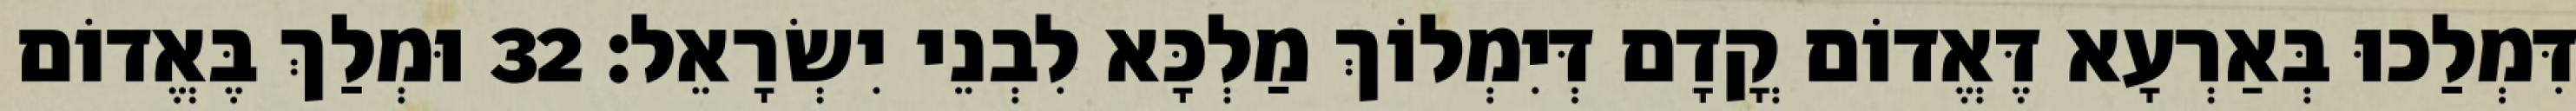
דִּמְלַכוּ בְּאַרְעָא דֶּאֱדוֹם קֳדָם דְּיִמְלוֹךְ מַלְכָּא לִבְנֵי יִשְׂרָאֵל׃ 32 וּמְלַךְ בֶּאֱדוֹם